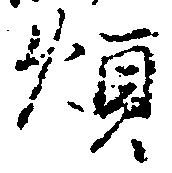
煩